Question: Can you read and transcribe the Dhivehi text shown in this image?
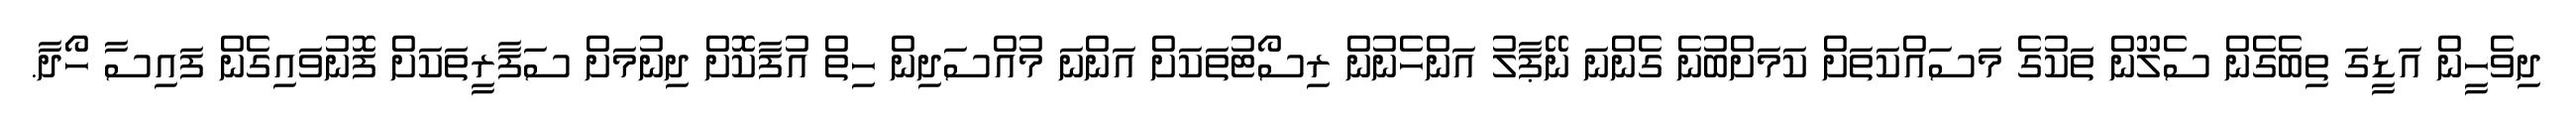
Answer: ދިވެހީން އަޑީގަ ތިބެގެން ސެލޫން ތަކުގެ މަސައްކަތަށް ކަމަށްބުނެ ގެންނަ ނޭޕާލު އަންހެނުން ރިސޯޓުތަކަށް އަންނަ މުއްސަދިން ހިތް އުފާކޮށް ދިނުމަށް ސަފާރީތަކަށް ފޮނުވައިގެން ފައިސާ ހޯދާ.